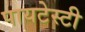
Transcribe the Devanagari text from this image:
पायटेस्टी